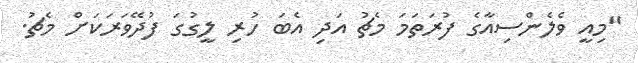
"މިއީ ވެލެންސިއާގެ ފުރަތަމަ މެޗު އަދި އެބަ ހުރި ލީގުގަ ފުދޭވަރަކަށް މެޗު.